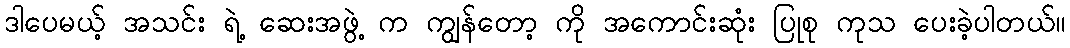
ဒါပေမယ့် အသင်း ရဲ့ ဆေးအဖွဲ့ က ကျွန်တော့ ကို အကောင်းဆုံး ပြုစု ကုသ ပေးခဲ့ပါတယ်။